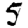
Digit: 5